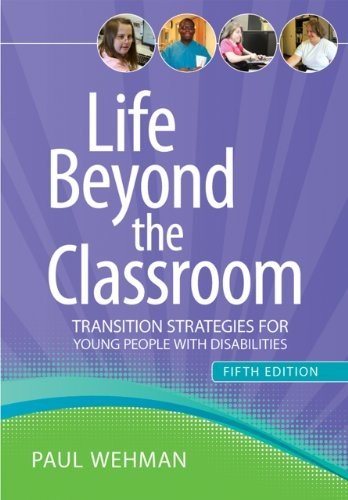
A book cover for Life Beyond the Classroom: Transition Strategies for Young People with Disabilities, Fifth Edition; Paul Wehman Ph.D.; Business & Money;